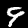
Label: 9